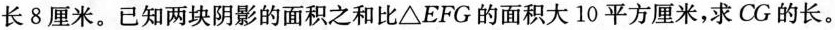
长8厘米。已知两块阴影的面积之和比△EFG的面积大10平方厘米，求CG的长。